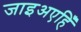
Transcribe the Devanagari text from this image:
जाइअएहिँ